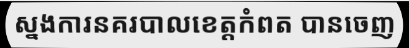
ស្នងការនគរបាលខេត្តកំពត បានចេញ